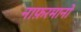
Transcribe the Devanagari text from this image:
नाफ़रमानों